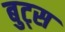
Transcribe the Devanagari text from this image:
बुट्स